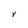
Character: Y